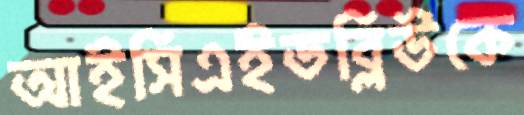
আইসিএইডব্লিউকে